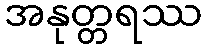
အနုတ္တရဿ